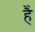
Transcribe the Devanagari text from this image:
है॓